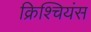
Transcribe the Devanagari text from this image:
क्रिश्चियंस